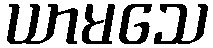
ယာမသေ